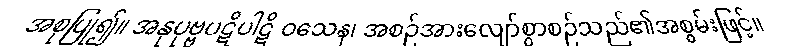
အစုပြု၍။ အနုပုဗ္ဗပဋိပါဋိ ဝသေန၊ အစဉ်အားလျော်စွာစဉ်သည်၏အစွမ်းဖြင့်။